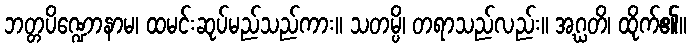
ဘတ္တပိဏ္ဍောနာမ၊ ထမင်းဆုပ်မည်သည်ကား။ သတမ္ပိ၊ တရာသည်လည်း။ အဂ္ဃတိ၊ ထိုက်၏။